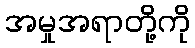
အမှုအရာတို့ကို